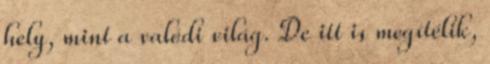
hely, mint a valódi világ. De itt is megítélik,